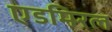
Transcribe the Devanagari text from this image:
एडमिरल